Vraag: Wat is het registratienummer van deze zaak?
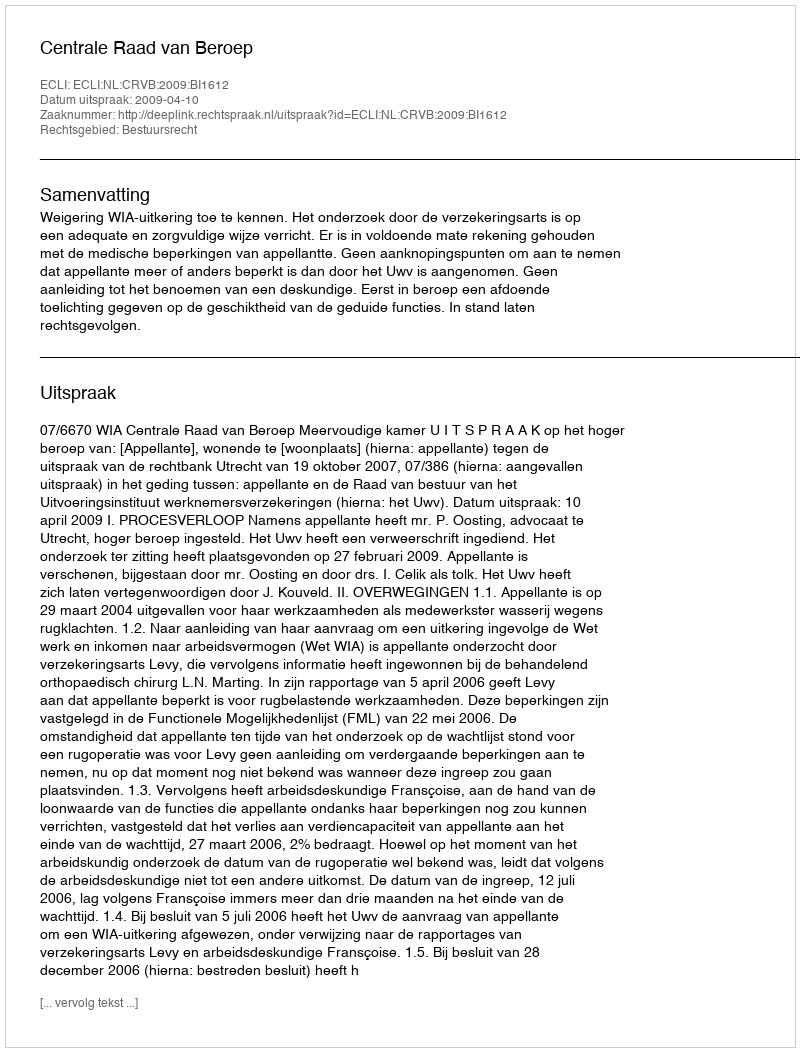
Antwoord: http://deeplink.rechtspraak.nl/uitspraak?id=ECLI:NL:CRVB:2009:BI1612